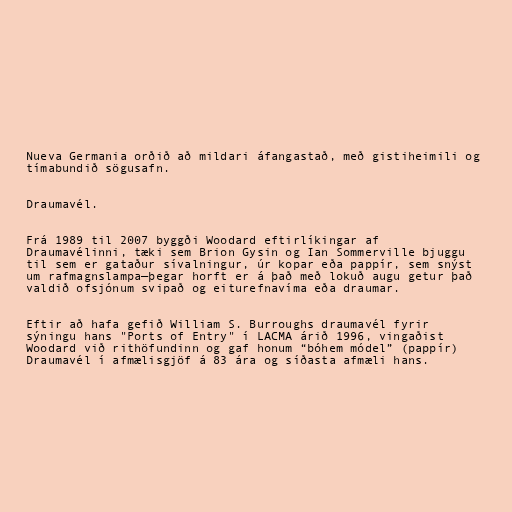
Nueva Germania orðið að mildari áfangastað, með gistiheimili og
tímabundið sögusafn.

Draumavél.

Frá 1989 til 2007 byggði Woodard eftirlíkingar af
Draumavélinni, tæki sem Brion Gysin og Ian Sommerville bjuggu
til sem er gataður sívalningur, úr kopar eða pappír, sem snýst
um rafmagnslampa—þegar horft er á það með lokuð augu getur það
valdið ofsjónum svipað og eiturefnavíma eða draumar.

Eftir að hafa gefið William S. Burroughs draumavél fyrir
sýningu hans "Ports of Entry" í LACMA árið 1996, vingaðist
Woodard við rithöfundinn og gaf honum “bóhem módel” (pappír)
Draumavél í afmælisgjöf á 83 ára og síðasta afmæli hans.